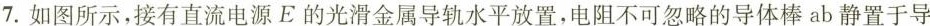
7.如图所示，接有直流电源E的光滑金属导轨水平放置，电阻不可忽略的导体棒ab静置于导